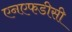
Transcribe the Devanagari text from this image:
एनएफडीसी